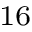
^ { 1 6 }